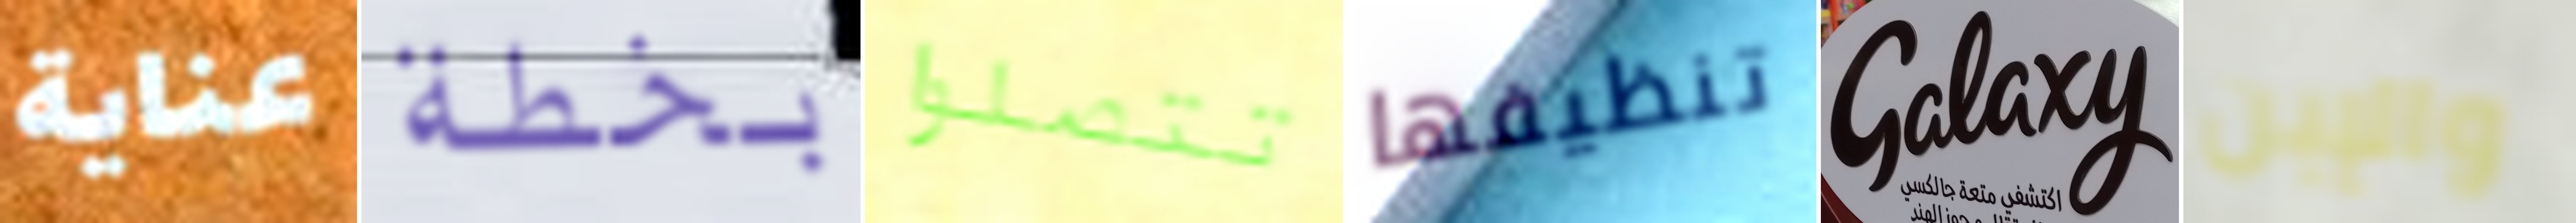
عناية بخطة تتصلوا تنظيفها Galaxy والإبن